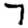
Digit: 7